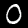
Digit: 0